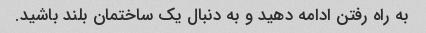
به راه رفتن ادامه دهید و به دنبال یک ساختمان بلند باشید.